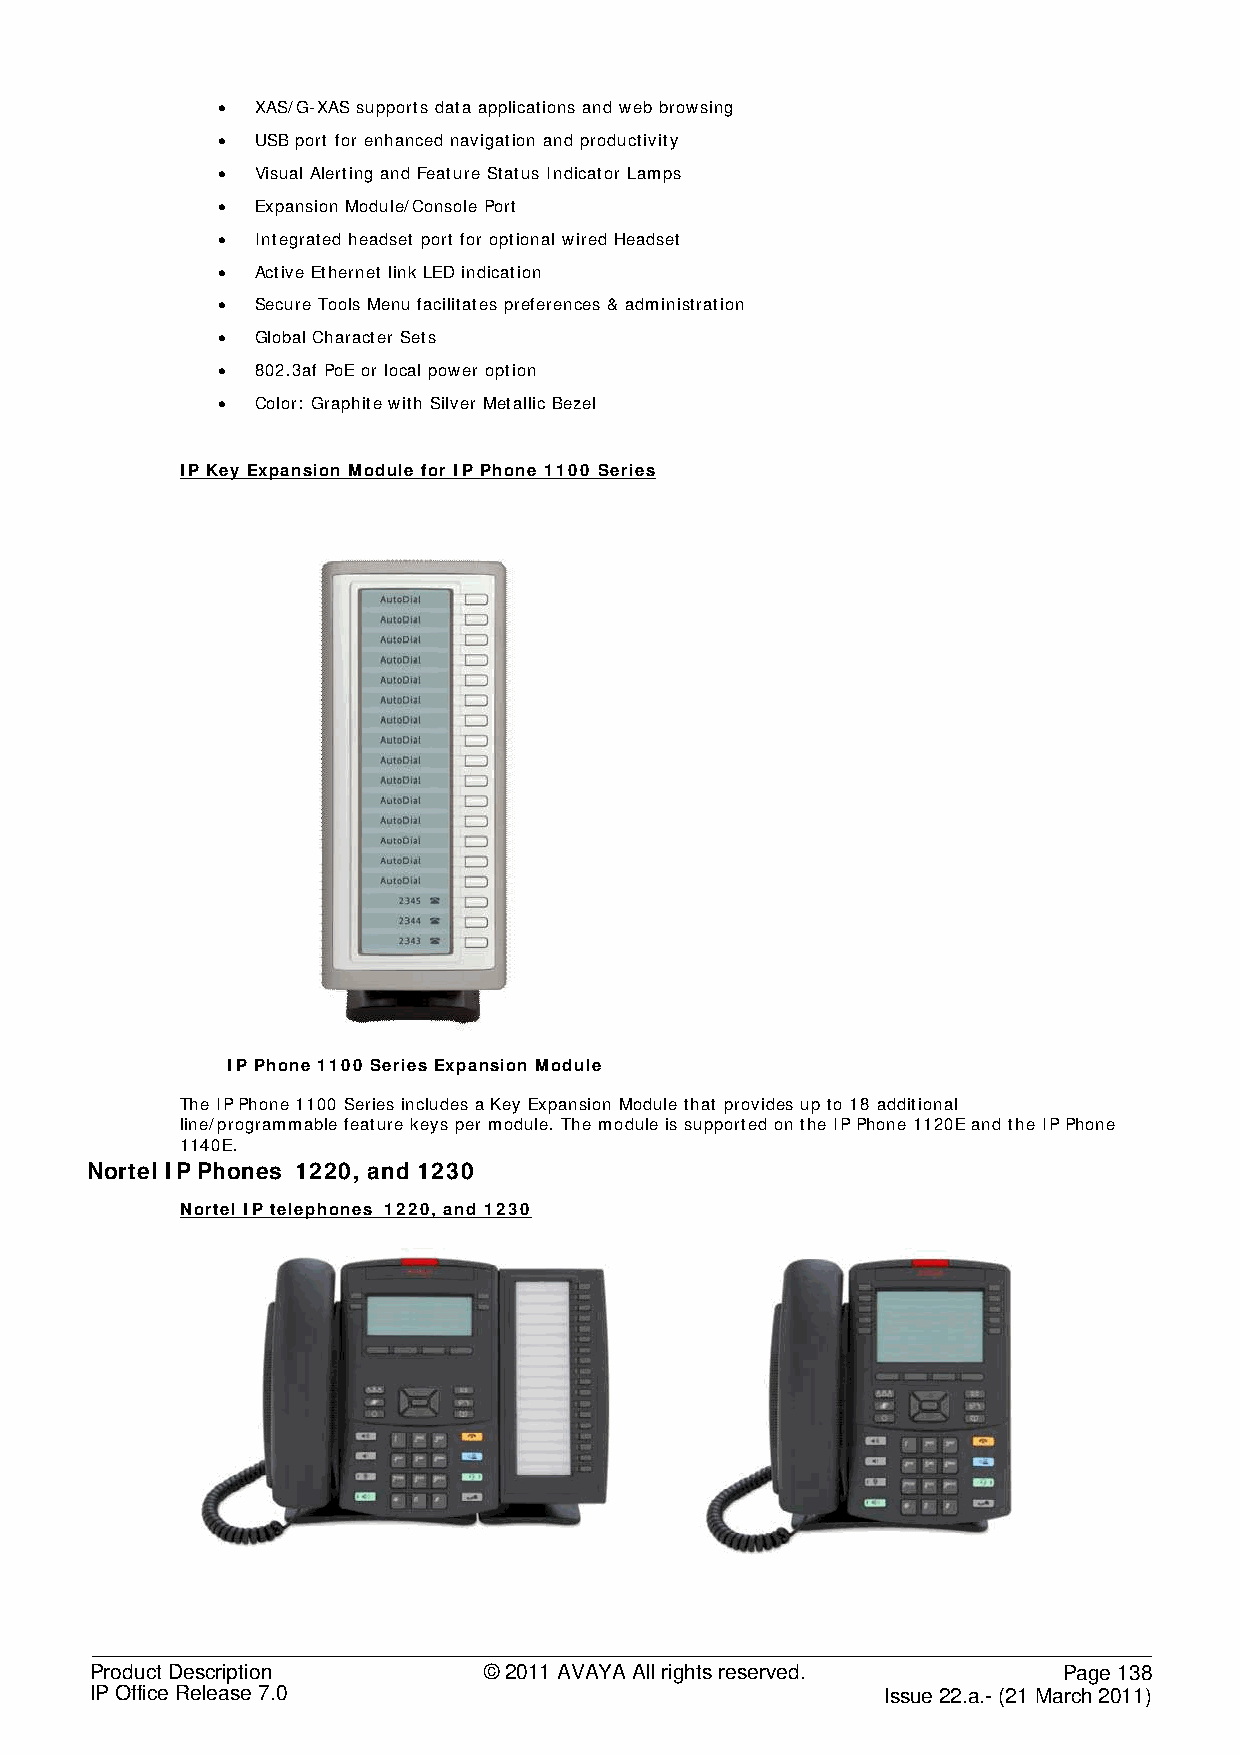
•  XAS/G-XAS supports data applications and web browsing
 •  USB port for enhanced navigation and productivity
 •  Visual Alerting and Feature Status Indicator Lamps
 •  Expansion Module/Console Port
 •  Integrated headset port for optional wired Headset
 •  Active Ethernet link LED indication
 •  Secure Tools Menu facilitates preferences & administration
 •  Global Character Sets
 •  802.3af PoE or local power option
 •  Color: Graphite with Silver Metallic Bezel
 IP Key Expansion Module for IP Phone 1100 Series
 IP Phone 1100 Series Expansion Module
 The IP Phone 1100 Series includes a Key Expansion Module that provides up to 18 additional
 line/programmable feature keys per module. The module is supported on the IP Phone 1120E and the IP Phone
 1140E.
 Nortel IP Phones 1220, and 1230
 Nortel IP telephones 1220, and 1230
 Product Description       © 2011 AVAYA All rights reserved.     Page 138
 IP Office Release 7.0                                Issue 22.a.- (21 March 2011)